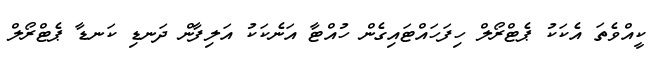
ކީއްވެތަ އެކަކު ޕެޓްރޯލް ހިފަހައްޓައިގެން ހުއްޓާ އަނެކަކު އަލިފާން ދަނޑި ކަނޑާ ޕެޓްރޯލް